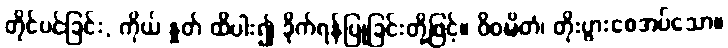
တိုင်ပင်ခြင်း, ကိုယ် နှုတ် ထိပါး၍ ခိုက်ရန်ပြုခြင်းတို့ဖြင့်။ ဝိဝဍ္ဎိတံ၊ တိုးပွားစေအပ်သော။